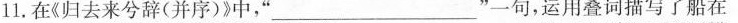
11.在《归去来兮辞(并序)》中，‘’___‘’。一句运用叠词描写了船在